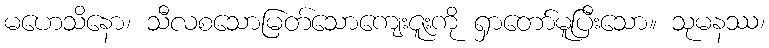
မဟေသိနော၊ သီလစသောမြတ်သောကျေးဇူးကို ရှာတော်မူပြီးသော။ သုမနဿ၊